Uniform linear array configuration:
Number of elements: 24
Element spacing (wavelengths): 0.5
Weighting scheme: hamming
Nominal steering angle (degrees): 15
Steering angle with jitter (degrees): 15.909
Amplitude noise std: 0.05
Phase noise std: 0.05

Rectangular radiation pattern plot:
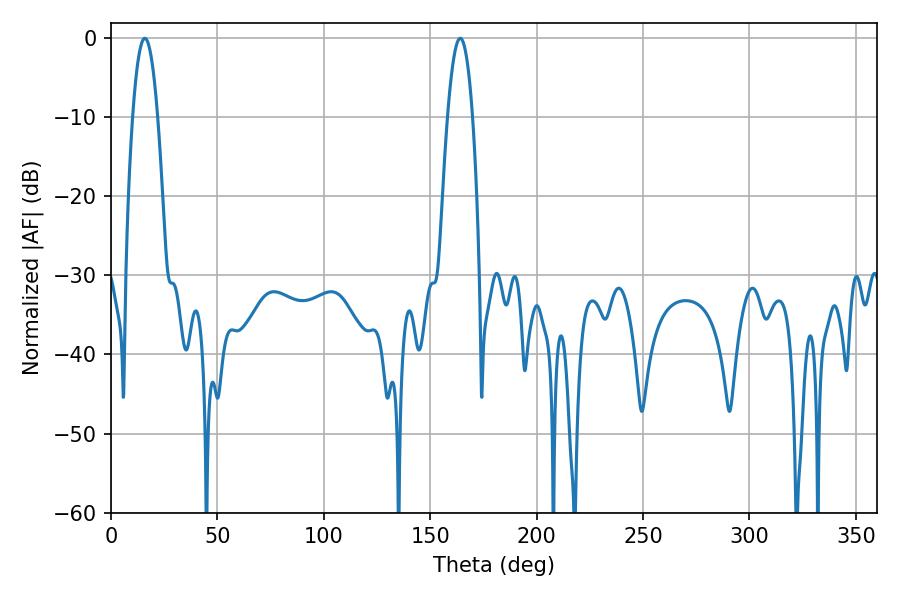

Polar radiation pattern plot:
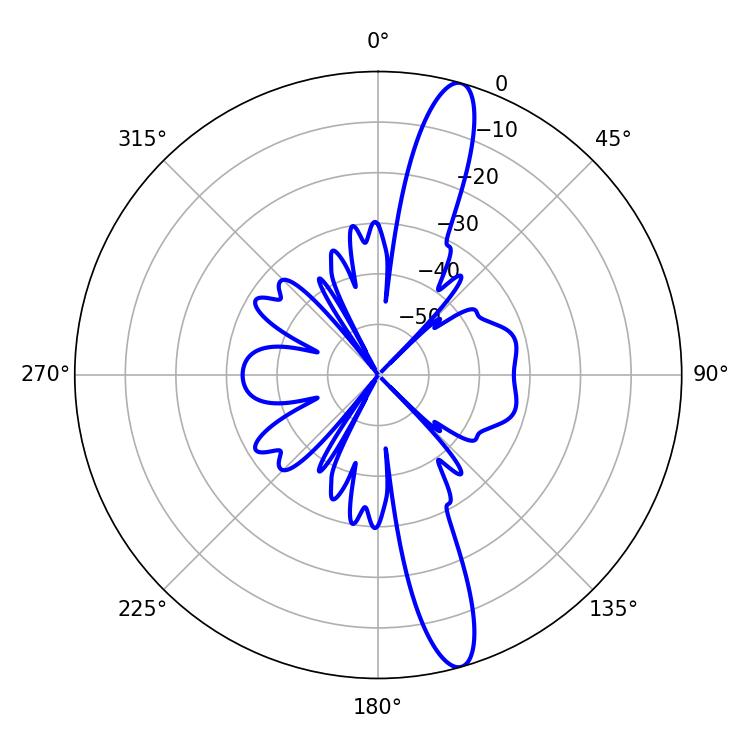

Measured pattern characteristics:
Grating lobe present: FALSE
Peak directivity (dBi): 14.74
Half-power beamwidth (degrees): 6.3
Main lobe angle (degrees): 15.84